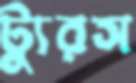
ট্যুরস